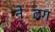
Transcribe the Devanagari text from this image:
नेटिंग